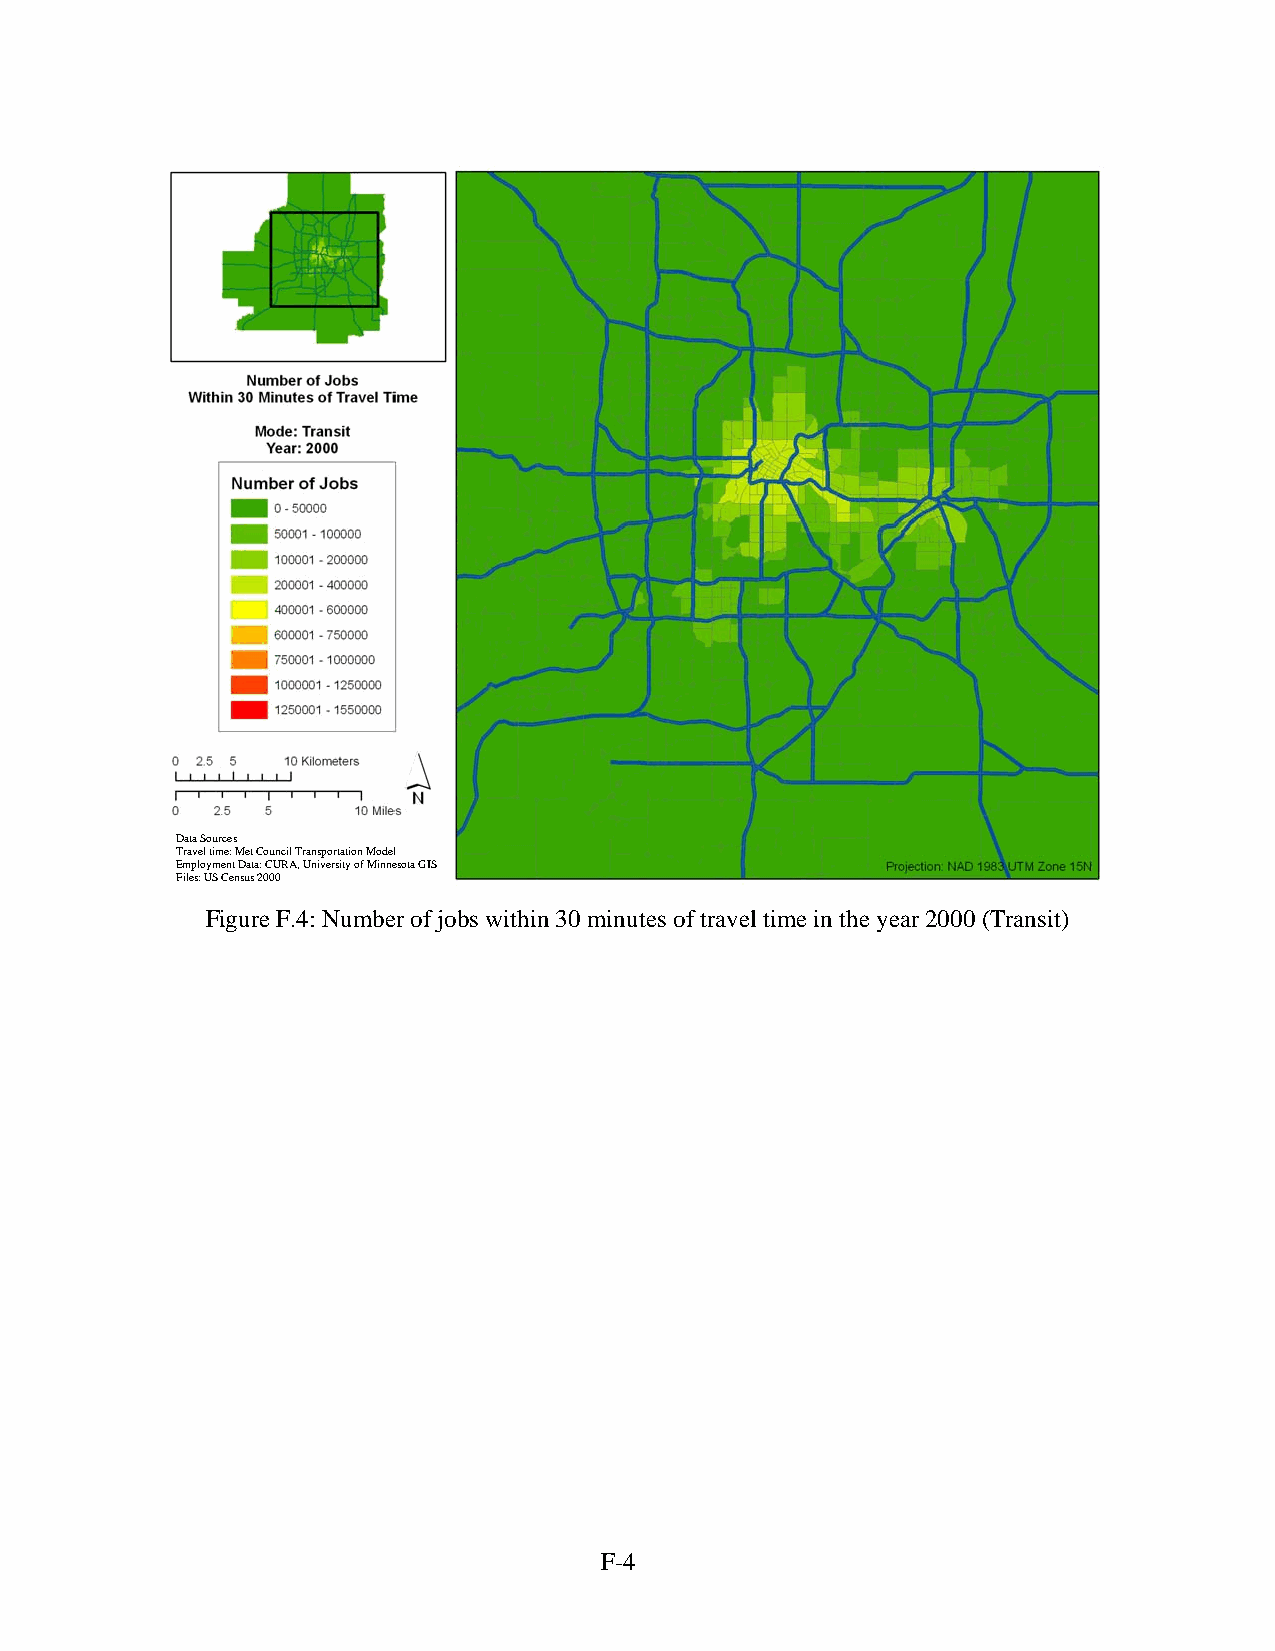
Data Sources
 Travel time: Met Council Transportation Model
 Employment Data: CURA, University of Minnesota GIS
 Files: US Census 2000
 Figure F.4: Number of jobs within 30 minutes of travel time in the year 2000 (Transit)
 F-4